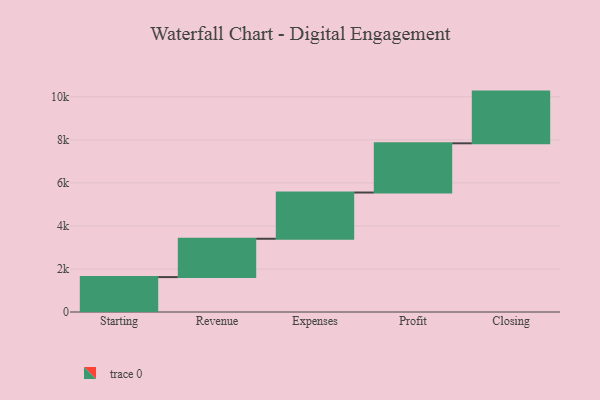
{"axis": {"x": "Step", "y": "Value"}, "legend": [""], "data": [{"x": "Starting", "y": 1622.0, "type": ""}, {"x": "Revenue", "y": 1782.0, "type": ""}, {"x": "Expenses", "y": 2149.0, "type": ""}, {"x": "Profit", "y": 2288.0, "type": ""}, {"x": "Closing", "y": 2403.0, "type": ""}]}